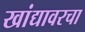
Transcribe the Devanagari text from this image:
खांद्यावरचा